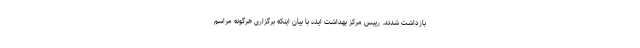
بازداشت شدند. رییس مرکز بهداشت ایذه با بیان اینکه برگزاری هرگونه مراسم